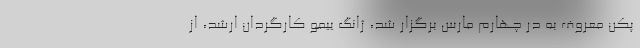
پکن معروف به در چهارم مارس برگزار شد، ژانگ ییمو کارگردان ارشد، از